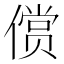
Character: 𱏐